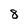
Character: 8